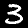
Digit: 3